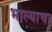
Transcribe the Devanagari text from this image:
भाल्याचा